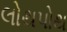
લોથપોથ